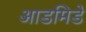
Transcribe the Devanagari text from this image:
आडमिडे